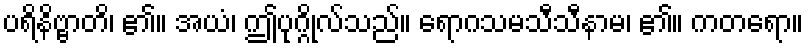
ပရိနိဗ္ဗာတိ၊ ၏။ အယံ၊ ဤပုဂ္ဂိုလ်သည်။ ရောဂသမသီသီနာမ၊ ၏။ ကတရော။